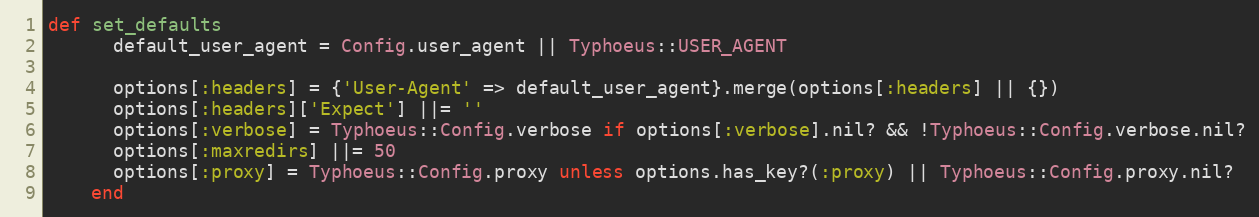
Language: Ruby
def set_defaults
      default_user_agent = Config.user_agent || Typhoeus::USER_AGENT

      options[:headers] = {'User-Agent' => default_user_agent}.merge(options[:headers] || {})
      options[:headers]['Expect'] ||= ''
      options[:verbose] = Typhoeus::Config.verbose if options[:verbose].nil? && !Typhoeus::Config.verbose.nil?
      options[:maxredirs] ||= 50
      options[:proxy] = Typhoeus::Config.proxy unless options.has_key?(:proxy) || Typhoeus::Config.proxy.nil?
    end